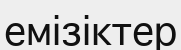
емізіктер